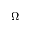
\Omega